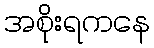
အစိုးရကနေ